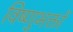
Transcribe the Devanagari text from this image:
विष्णुभक्तों